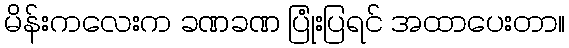
မိန်းကလေးက ခဏခဏ ပြုံးပြရင် အထာပေးတာ။